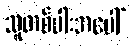
သူတစ်ပါးအပေါ်